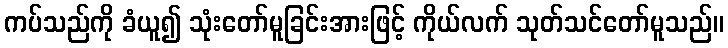
ကပ်သည်ကို ခံယူ၍ သုံးတော်မူခြင်းအားဖြင့် ကိုယ်လက် သုတ်သင်တော်မူသည်။